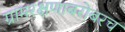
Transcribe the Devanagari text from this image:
ग्रामरक्षणाबरोबरच